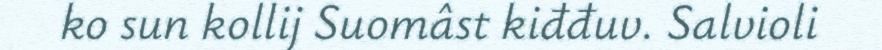
ko sun kollij Suomâst kiđđuv. Salvioli